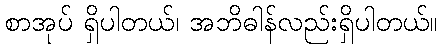
စာအုပ် ရှိပါတယ်၊ အဘိဓါန်လည်းရှိပါတယ်။